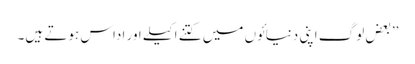
’’بعض لوگ اپنی دنیائوں میں کتنے اکیلے اور اداس ہوتے ہیں۔